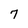
Character: 7